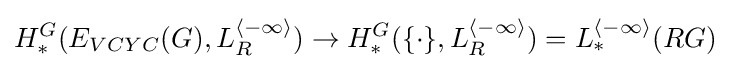
H_{*}^{G}(E_{VCYC}(G),L_{R}^{\langle -\infty \rangle })\rightarrow H_{*}^{G}(\{\cdot \},L_{R}^{\langle -\infty \rangle })=L_{*}^{\langle -\infty \rangle }(RG)